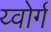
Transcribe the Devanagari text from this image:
य्वोर्ग